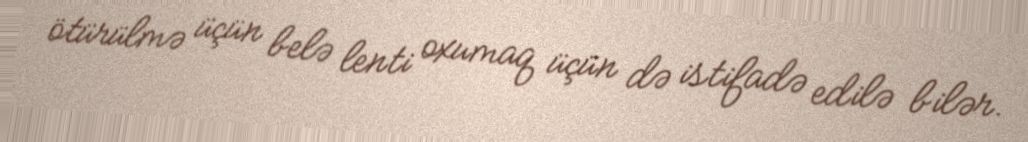
ötürülmə üçün belə lenti oxumaq üçün də istifadə edilə bilər.